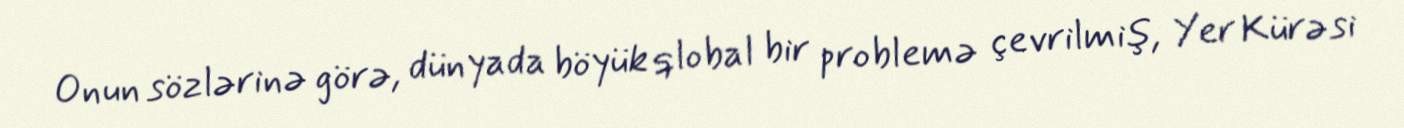
Onun sözlərinə görə, dünyada böyük qlobal bir problemə çevrilmiş, Yer Kürəsi